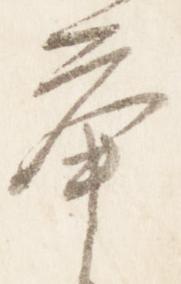
挙